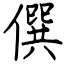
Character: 僎